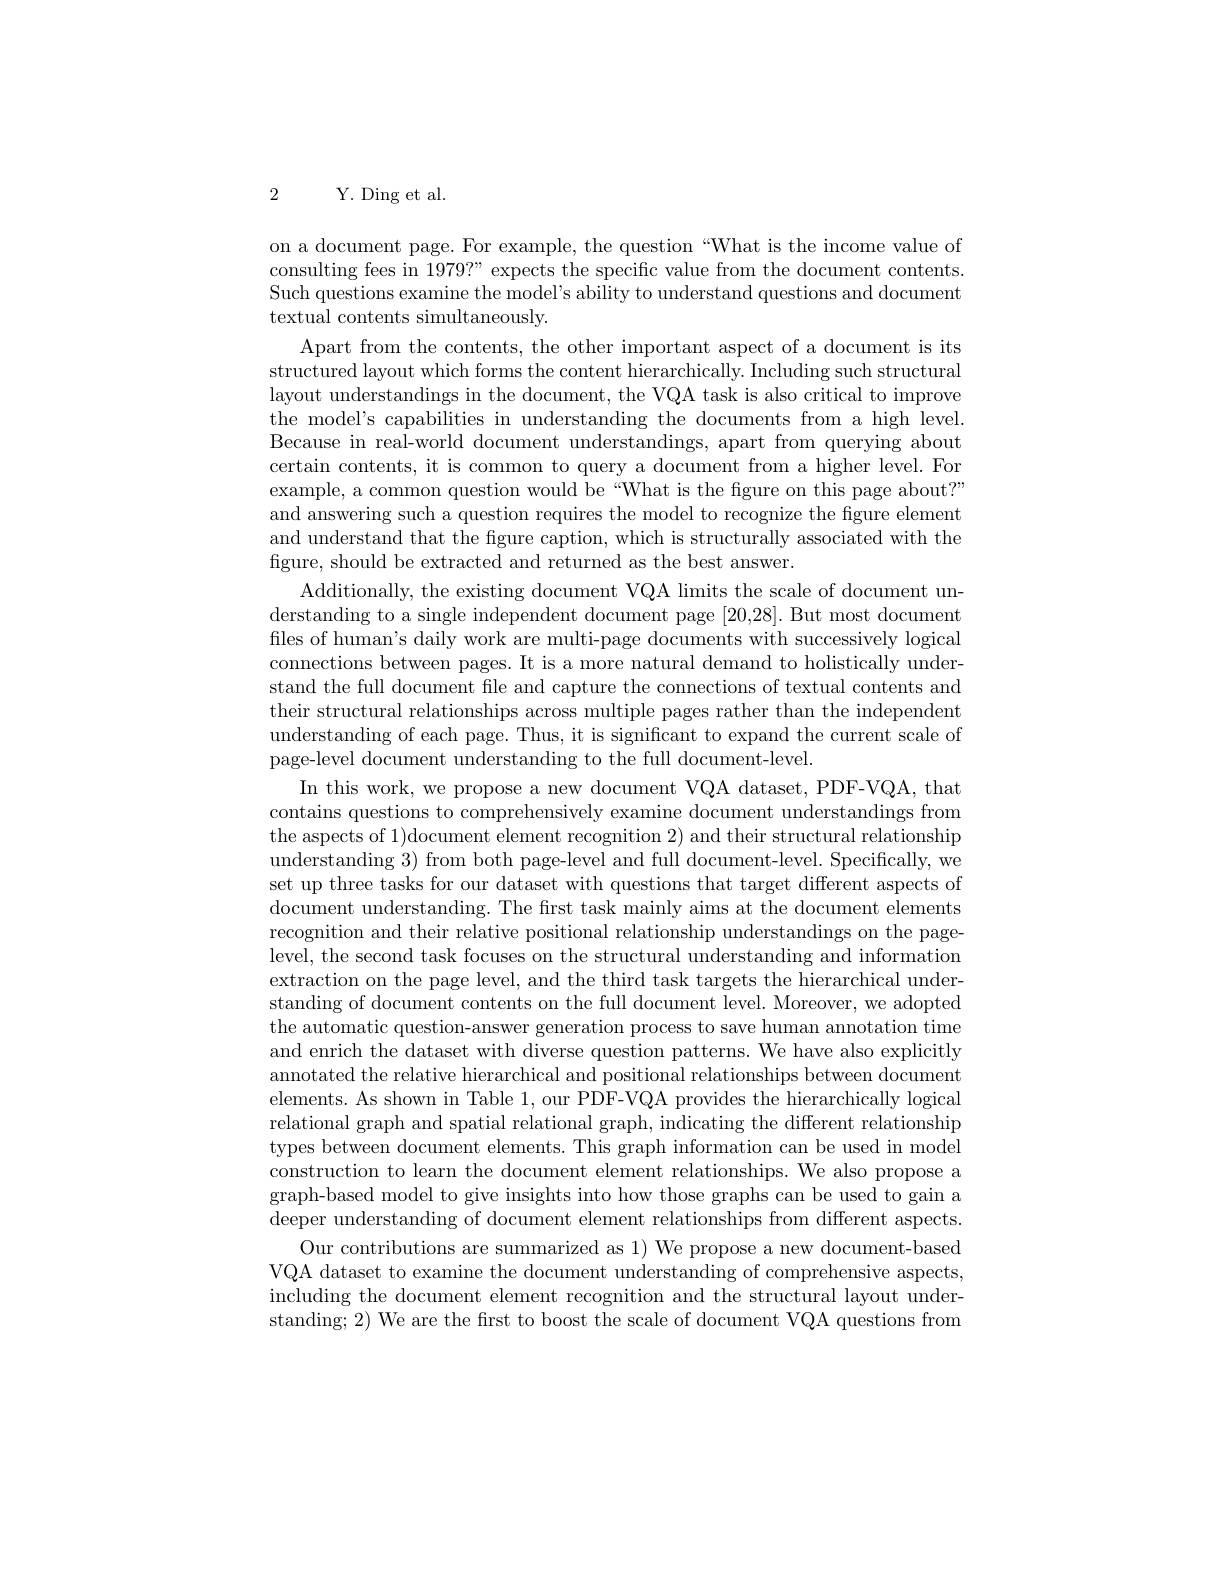
2 Y. Ding et al.

on a document page. For example, the question “What is the income value of consulting fees in 1979?" expects the specific value from the document contents. Such questions examine the model's ability to understand questions and document textual contents simultaneously.
Apart from the contents, the other important aspect of a document is its structured layout which forms the content hierarchically. Including such structural layout understandings in the document, the VQA task is also critical to improve the model's capabilities in understanding the documents from a high level. Because in real-world document understandings, apart from querying about certain contents, it is common to query a document from a higher level. For example, a common question would be “What is the figure on this page about?” and answering such a question requires the model to recognize the figure element and understand that the figure caption, which is structurally associated with the figure, should be extracted and returned as the best answer.
Additionally, the existing document VQA limits the scale of document understanding to a single independent document page [20,28]. But most document files of human's daily work are multi-page documents with successively logical connections between pages. It is a more natural demand to holistically understand the full document file and capture the connections of textual contents and their structural relationships across multiple pages rather than the independent understanding of each page. Thus, it is significant to expand the current scale of page-level document understanding to the full document-level.
In this work, we propose a new document VQA dataset, PDF-VQA, that contains questions to comprehensively examine document understandings from the aspects of 1)document element recognition 2) and their structural relationship understanding 3) from both page-level and full document-level. Specifically, we set up three tasks for our dataset with questions that target different aspects of document understanding. The frst task mainly aims at the document elements recognition and their relative positional relationship understandings on the pagelevel, the second task focuses on the structural understanding and information extraction on the page level, and the third task targets the hierarchical understanding of document contents on the full document level. Moreover, we adopted the automatic question-answer generation process to save human annotation time and enrich the dataset with diverse question patterns. We have also explicitly annotated the relative hierarchical and positional relationships between document elements. As shown in Table 1, our PDF-VQA provides the hierarchically logical relational graph and spatial relational graph, indicating the different relationship types between document elements. This graph information can be used in model construction to learn the document element relationships. We also propose a graph-based model to give insights into how those graphs can be used to gain a deeper understanding of document element relationships from different aspects.
Our contributions are summarized as 1) We propose a new document-based VQA dataset to examine the document understanding of comprehensive aspects, including the document element recognition and the structural layout understanding; 2) We are the first to boost the scale of document VQA questions from